Annual administration report of the Civil Veterinary Department, Sind - 1944-1945
Year: 1944
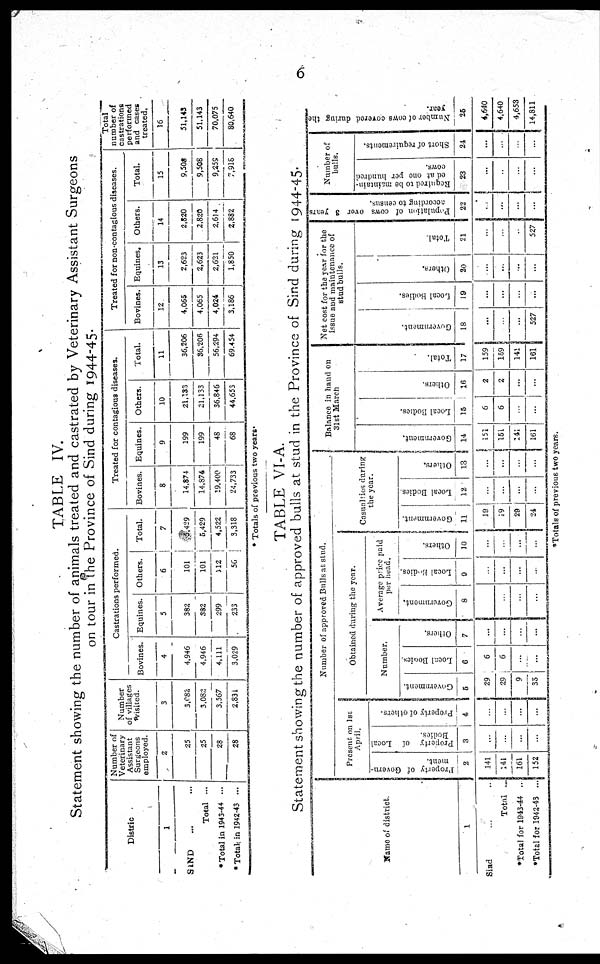
6
TABLE IV.
Statement showing the number of animals treated and castrated by Veterinary Assistant Surgeons
on tour in the Province of Sind during 1944-45.
Distric
1
SIND ... ...
Total ...
*Total in 1945-44 ...
* Total in 1942-43 ...
Number of
Veterinary
Assistant
Surgeons
employed.
2
25
25
28
28
Number
of villages
visited.
3
3,082
3,082
3,567
2,331
Castrations performed.
Bovines.
4
4,946
4,946
4,111
3,029
Equities.
5
382
332
299
233
Others.
6
101
101
112
56
Total.
7
5,429
5,429
4,522
3,318
Treated for contagious diseases.
Bovines.
8
14,874
14,874
19,400
24,733
Equines.
9
199
199
48
68
Others.
10
21,133
21,133
36,846
44,655
Total.
11
36,206
36,206
56,294
69,454
Treated for non-contagious diseases.
Bovines.
12
4,065
4,065
4,024
3,186
Equines.
13
2,623
2,623
2,621
1,850
Others.
14
2,820
2,820
2,614
2,882
Total.
15
9,508
9,508
9,259
7,916
Total
number of
castrations
performed
and cases
treated.
16
51,143
51,143
70,075
80,640
* Totals of previous two years.
TABLE VI-A.
Statement showing the number of approved bulls at stud in the Province of Sind during 1944-45.
Name of district.
1
Sind ... ...
Total ...
*Total for 1943-44 ..
*Total for 1942-43 ...
Number of approved Bulls at stud.
Present on 1st
April.
Property of Govern-
ment..
2
141
141
161
152
Property of
Local
Bodice.
3
...
...
...
...
Property of others.
4
...
...
...
...
Obtained during the year.
Number.
Government.
5
29
29
9
35
Local Bodies.
6
6
6
...
...
Others.
7
...
...
...
...
Average price paid
per head.
Government.
8
...
...
...
...
Local Bodies.
9
...
...
...
...
Others.
10
...
...
...
...
Casualties during
the year.
Government.
11
12
19
29
24
Local Bodies.
12
...
...
...
...
Others.
13
...
...
...
...
Balance in hand on
31st March
Gove r
nme nt.
14
151
151
141
161
Local Bodi es .
15
6
6
...
...
Ot her s.
16
2
2
...
...
...
Total.
17
159
159
141
161
...
Net cost for the year for the
issue and maintenance of
stud bulls.
Gove r
nme nt.
18
...
...
...
527
Local Bodies.
19
...
...
...
...
Others.
20
...
...
...
...
Total
21
...
...
.....
527
Population of cows over 3 years
according to census.
22
...
...
...
...
Number of
bulls.
Required to be maintain-
ed at one per hundred
cows.
23
...
...
...
...
Short of requirements.
21
...
...
...
...
Number of cows covered during the
year.
25
4,640
4.640
4,653
14,811
*Totals of previous two years.